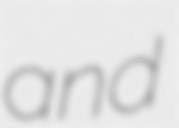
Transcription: and